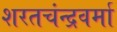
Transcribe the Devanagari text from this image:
शरतचंन्द्रवर्मा